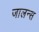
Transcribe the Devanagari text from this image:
जालन्स